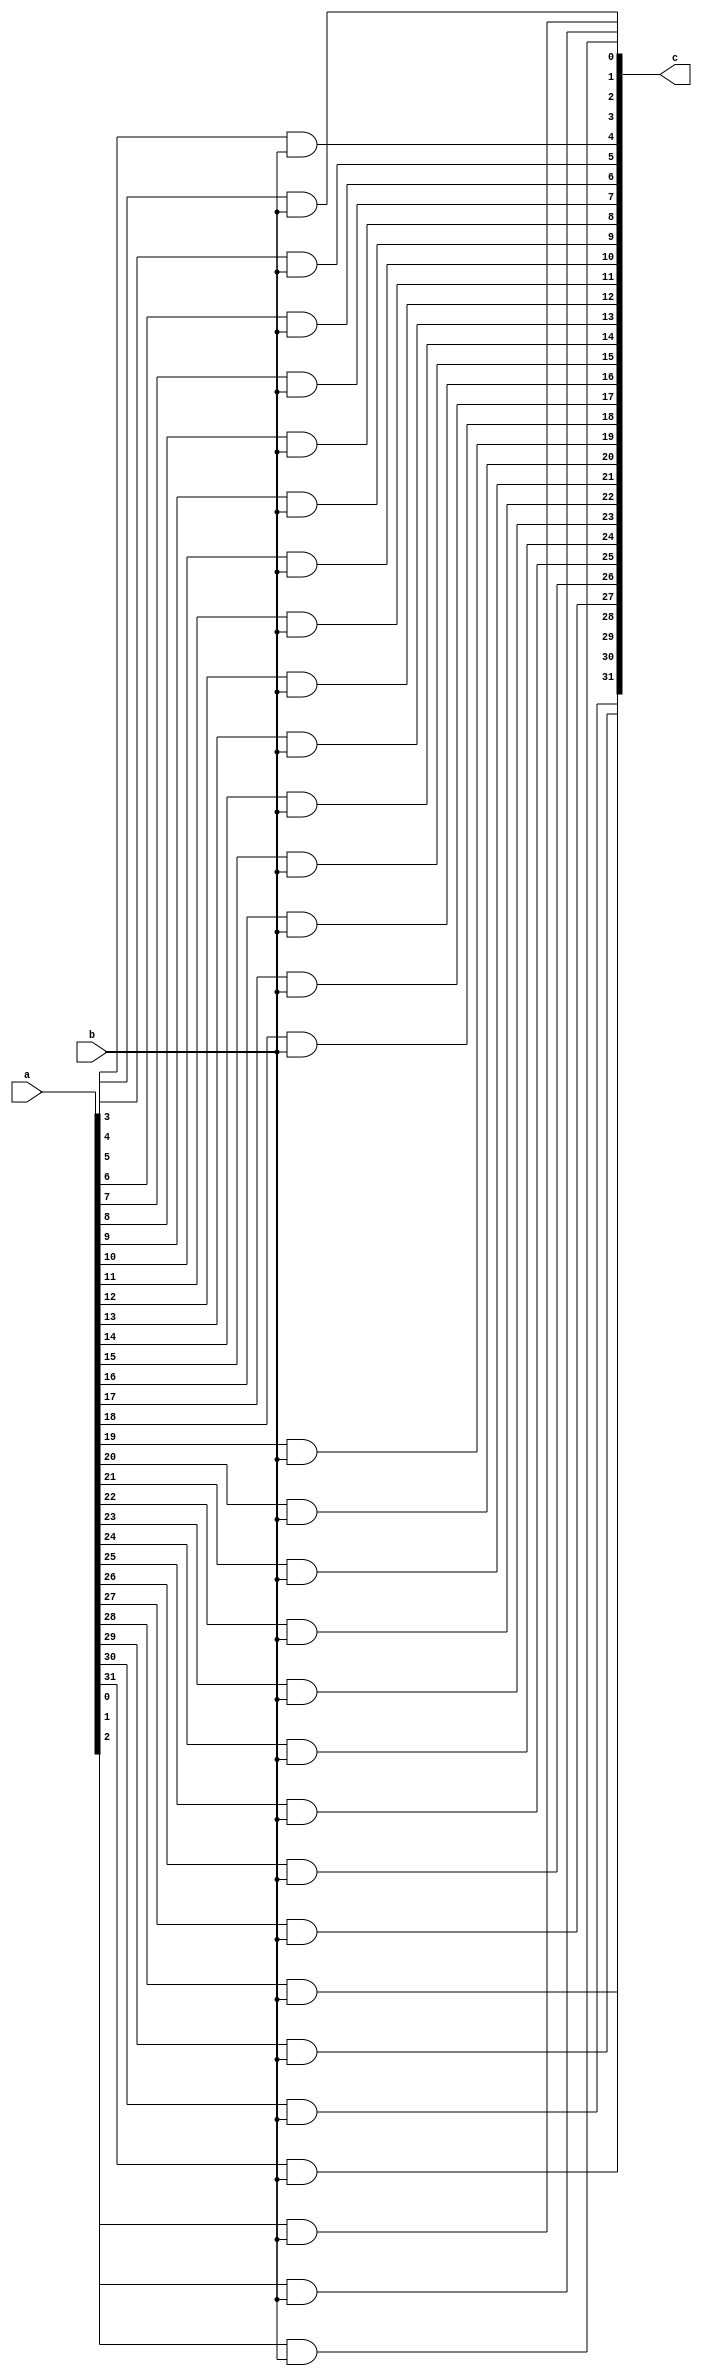
module pgen(a,b,c);

    input [31:0]a;
    input b;
    output [31:0]c;

    assign c[0]=a[0]&b;
    assign c[1]=a[1]&b;
    assign c[2]=a[2]&b;
    assign c[3]=a[3]&b;
    assign c[4]=a[4]&b;
    assign c[5]=a[5]&b;
    assign c[6]=a[6]&b;
    assign c[7]=a[7]&b;
    assign c[8]=a[8]&b;
    assign c[9]=a[9]&b;
    assign c[10]=a[10]&b;
    assign c[11]=a[11]&b;
    assign c[12]=a[12]&b;
    assign c[13]=a[13]&b;
    assign c[14]=a[14]&b;
    assign c[15]=a[15]&b;
    assign c[16]=a[16]&b;
    assign c[17]=a[17]&b;
    assign c[18]=a[18]&b;
    assign c[19]=a[19]&b;
    assign c[20]=a[20]&b;
    assign c[21]=a[21]&b;
    assign c[22]=a[22]&b;
    assign c[23]=a[23]&b;
    assign c[24]=a[24]&b;
    assign c[25]=a[25]&b;
    assign c[26]=a[26]&b;
    assign c[27]=a[27]&b;
    assign c[28]=a[28]&b;
    assign c[29]=a[29]&b;
    assign c[30]=a[30]&b;
    assign c[31]=a[31]&b;

endmodule